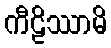
ကီဠိဿာမိ